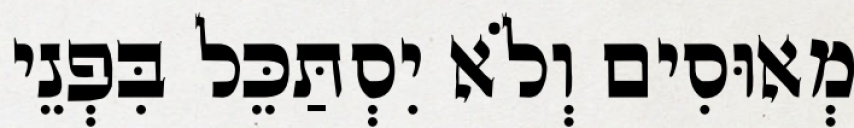
מְאוּסִים וְלֹא יִסְתַּכֵּל בִּפְנֵי